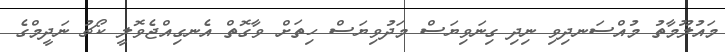
މައުލޫމާތު މުއްސަނދިވި ނިދި ގިނަވިޔަސް މަދުވިޔަސް ހިތަށް ވާގޮތް އެނގިއްޖެވޮލީ ކޯޗު ނަދީމްގެ